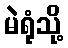
မဲရုံသို့